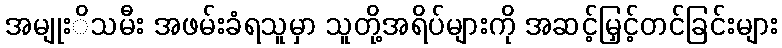
အမျုးိသမီး အဖမ်းခံရသူမှာ သူတို့အရိပ်များကို အဆင့်မြှင့်တင်ခြင်းများ